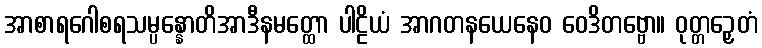
အာစာရဂေါစရသမ္ပန္နောတိအာဒီနမတ္ထော ပါဠိယံ အာဂတနယေနေဝ ဝေဒိတဗ္ဗော။ ဝုတ္တဉှေတံ